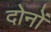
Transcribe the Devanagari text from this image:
दोनोंं